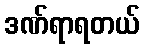
ဒဏ်ရာရတယ်